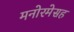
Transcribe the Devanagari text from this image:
मनोरमेसह